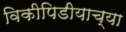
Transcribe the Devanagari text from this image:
विकीपिडीयाच्या